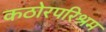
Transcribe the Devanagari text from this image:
कठोरपरिश्रम